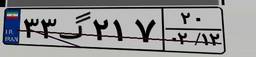
۳۳گ۲۱۷۲۰